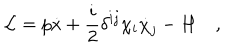
LaTeX: { \cal L } = p \dot { x } + { \frac { i } { 2 } } \delta ^ { i j } \chi _ { i } \dot { \chi } _ { j } - H \quad ,